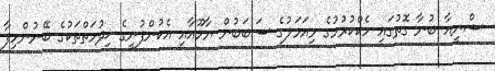
ޝްނީއާ ބުނާ ގޮތުގައި ހެކްކުރުމުގެ މިއަމަލުގެ ސަބަބުން ޔާހޫއާއި އެކުންފުނީގެ ޚިދުމަތްތަކުގެ ބޭނުންހިފާ